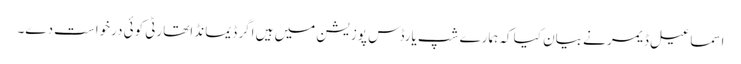
اسماعیل ڈیمر نے بیان کیا کہ ہمارے شپ یارڈس پوزیشن میں ہیں اگر ڈیمانڈ اتھارٹی کوئی درخواست دے۔